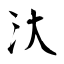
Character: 汏